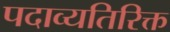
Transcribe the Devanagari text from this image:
पदाव्यतिरिक्त